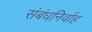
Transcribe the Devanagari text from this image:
संबंधनिर्वाह